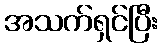
အသက်ရှင်ပြီး